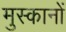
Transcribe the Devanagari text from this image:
मुस्कानों